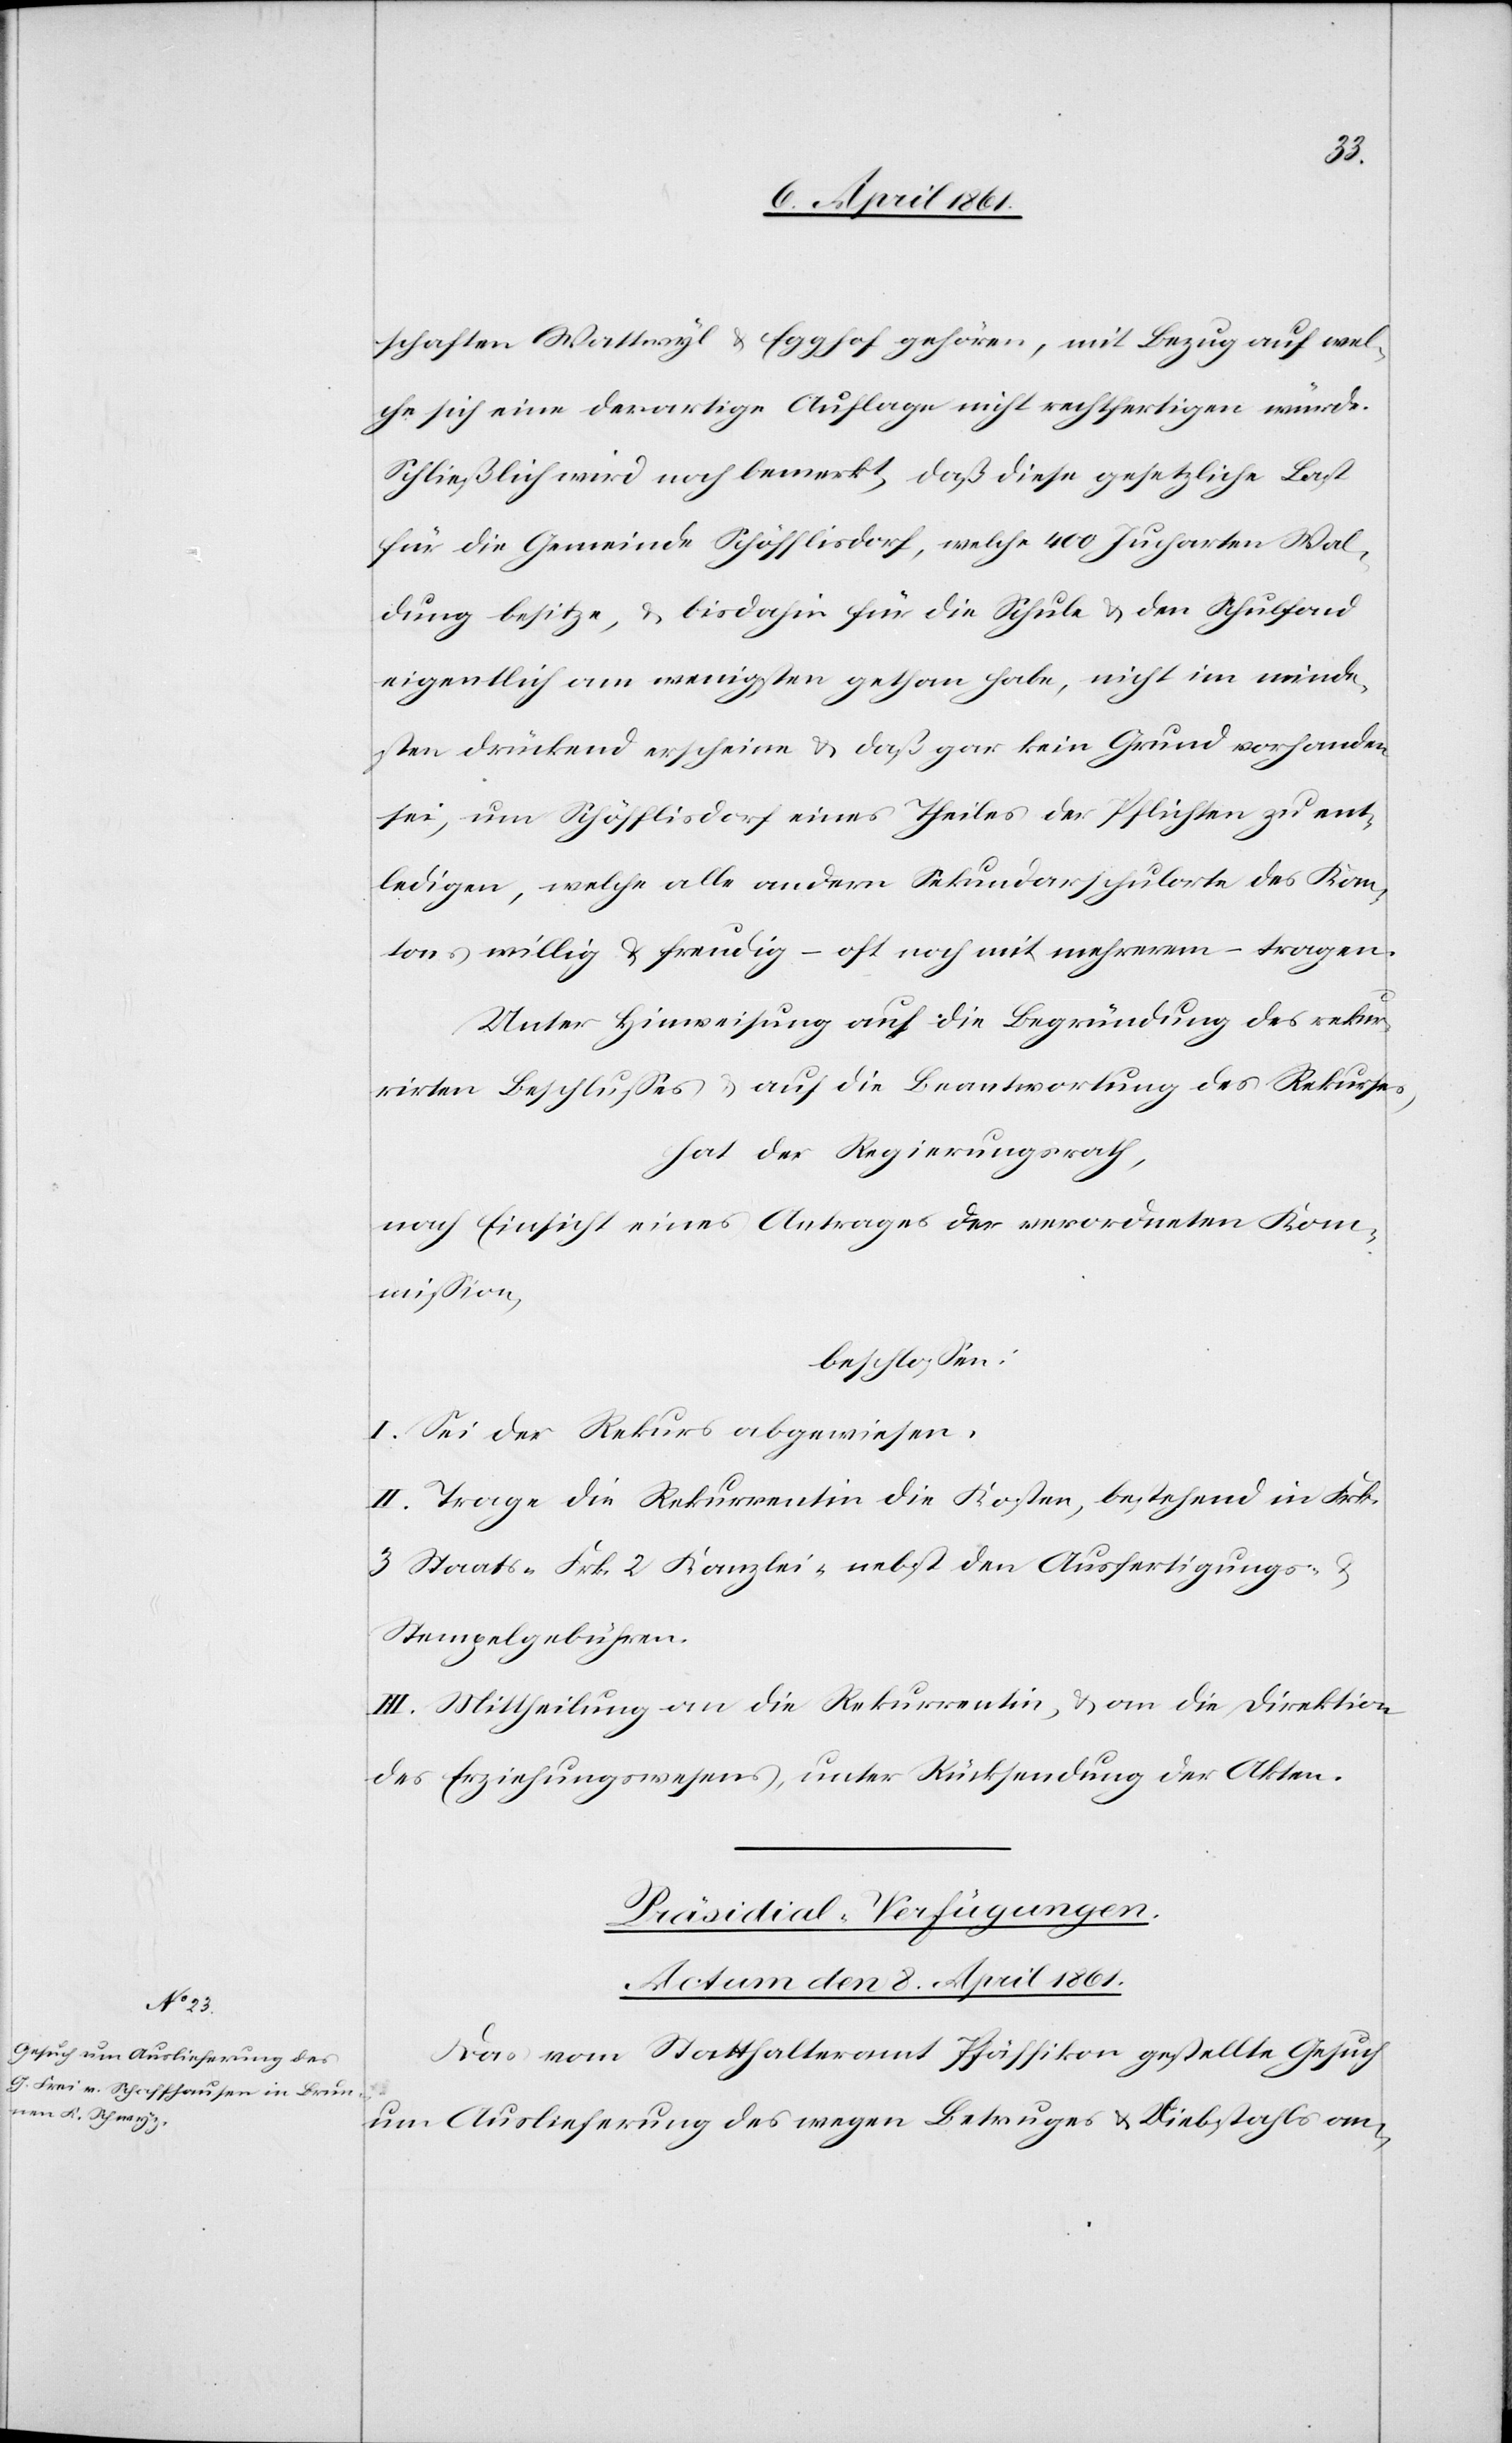
schaften Wattwyl u. Egghof gehören, mit Bezug auf wel¬
che sich eine derartige Auflage nicht rechtfertigen würde.
Schließlich wird noch bemerkt, daß diese gesetzliche Last
für die Gemeinde Schöfflisdorf, welche 400 Jucharten Wal¬
dung besitze, u. bis dahin für die Schule u. den Schulfond
eigentlich am wenigsten gethan habe, nicht im minde¬
stens drückend erscheinen u. daß gar kein Grund vorhanden
sei, um Schöfflisdorf eines Theiles der Pflichten zu ent¬
ledigen, welche alle andern Sekundarschulorte des Kan¬
tons willig u. freudig – oft noch mit mehrerem –tragen.
Unter Hinweisung auf die Begründung des rekur¬
rirten Beschlusses u. auf die Beantwortung des Rekurses,
hat der Regierungsrath,
nach Einsicht eines Antrages der verordneten Kom¬
mission,
beschlossen:
I. Sei der Rekurs abgewiesen.
II. Trage die Rekurrentin die Kosten, bestehend in Frk.
3 Staats-[,] Frk. 2 Kanzlei- nebst den Ausfertigungs- u.
Stempelgebühren.
III. Mittheilung an die Rekurrentin u. an die Direktion
des Erziehungswesens, unter Rücksendung der Akten.
Präsidial-Verfügungen.
Actum den 8. April 1861.
Das vom Statthalteramt Pfäffikon gestellte Gesuch
um Auslieferung des wegen Betruges u. Diebstahls an-